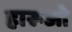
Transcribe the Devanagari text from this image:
हारूओ